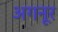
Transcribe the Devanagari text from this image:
अगनूर